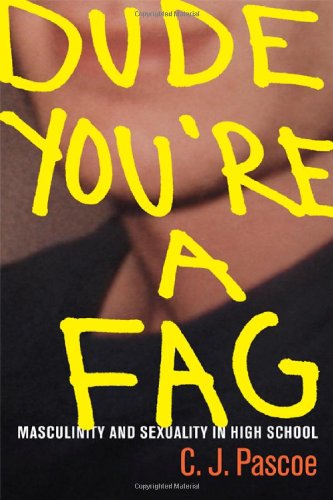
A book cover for Dude, You're a Fag: Masculinity and Sexuality in High School; C. J. Pascoe; Parenting & Relationships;